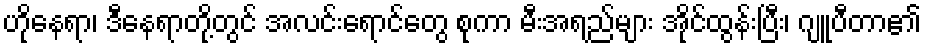
ဟိုနေရာ၊ ဒီနေရာတို့တွင် အလင်းရောင်တွေ စုကာ မီးအရည်များ အိုင်ထွန်းပြီး၊ ဂျူပီတာ၏